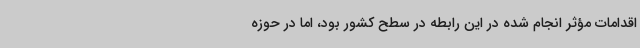
اقدامات مؤثر انجام شده در این رابطه در سطح کشور بود، اما در حوزه